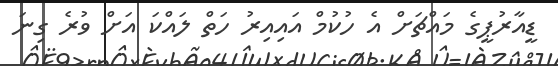
ޑީއާރުޕީގެ މައްޗަށް އެ ހުކުމް އައިއިރު ހަތް ލައްކަ އަށް ވުރެ ގިނަ